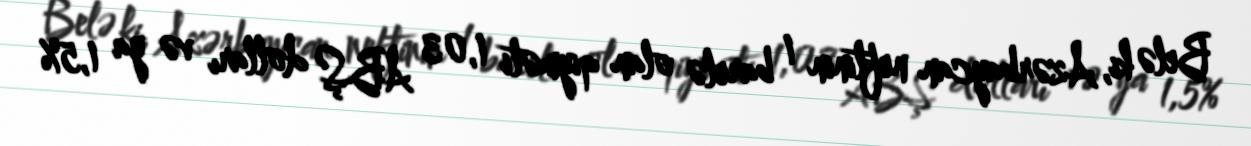
Belə ki, Azərbaycan neftinin 1 barelə olan qiyməti 1,03 ABŞ dolları və ya 1,5%